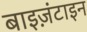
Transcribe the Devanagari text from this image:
बाइज़ंटाइन